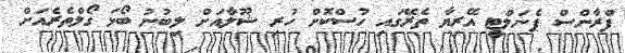
ފްރާންސް ޕެނަލްޓީ އޭރިޔާ ތެރޭގައި ހުސްކޮށް ހުރި ޝޫލާއަށް ލިބުނު ބޯޅަ ގޯލްތެރެއަށް